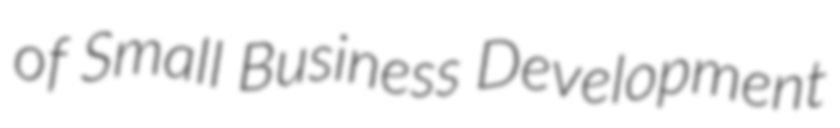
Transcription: of Small Business Development